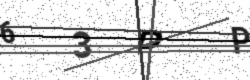
Text: 63PP